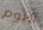
اليوم